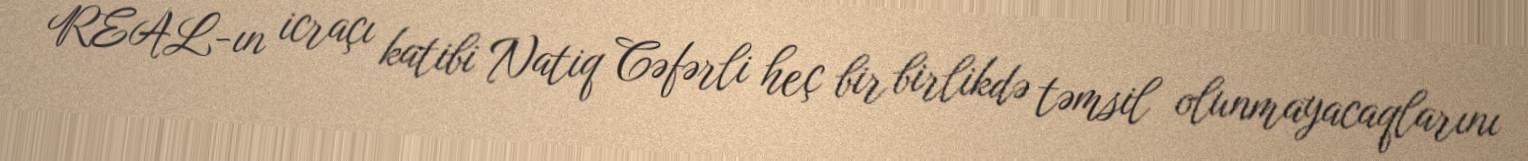
REAL-ın icraçı katibi Natiq Cəfərli heç bir birlikdə təmsil olunmayacaqlarını